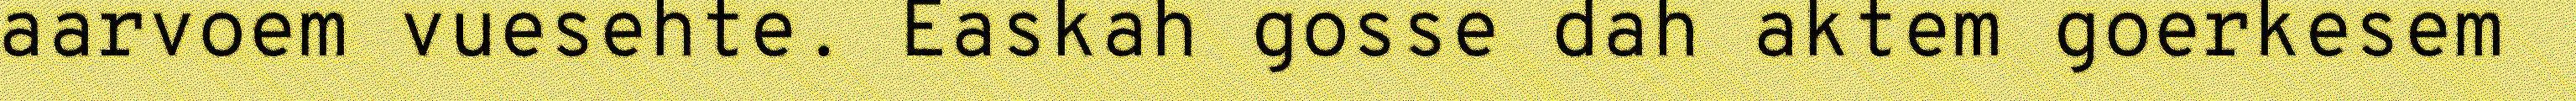
aarvoem vuesehte. Easkah gosse dah aktem goerkesem